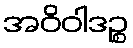
အဝိဝါဒဉ္စ